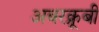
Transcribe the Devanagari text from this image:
अबरक्रूबी